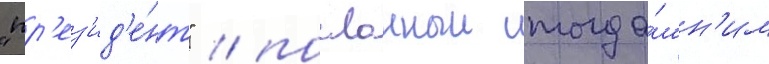
"пр'ез'ид'е́нт" / посланныи тогда́шн'им